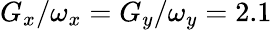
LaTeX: G_{x}/\omega_{x}=G_{y}/\omega_{y}=2.1